Scottish Leaving Certificate Examination, 1955
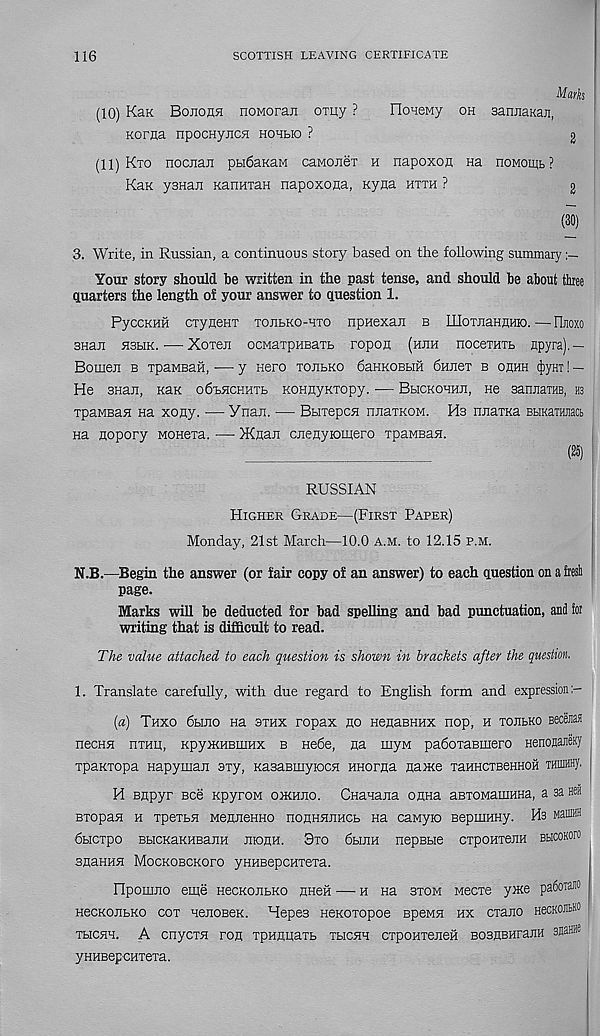
116
SCOTTISH LEAVING CERTIFICATE
Marks
(10) KaK Bojiohh noMoran oxuy ?
FloHeMy oh sanjiaKan,
Korna npocnyiiCH hohlio ?
2
(11) Kto nociian ptifiaKaM caMOiieT h napoxon na noMoun, ?
Kax ysHaii KanHian napoxona, Kyna htth ?
2
(30)
3. Write, in Russian, a continuous story based on the following summary
Your story should be written in the past tense, and should be about three
quarters the length of your answer to question 1.
PyccKHH cxyneHT TOiibKO-HTO npHexaJi b IIIoTJiaHHHK).—Flnoxo
3Han HSbiK. ■ —XoTen ocMaxpHBaTb ropon (hjih nocexHXb jrpyra).—
Bomen b xpaMBaii, -— y Hero xojibko 6aHKOBBm 6Hnex b ohhh (JiyHi! —
He snan, kuk o6bhchhxb KOHjiyKxopy. — Bhckohhji, He sanuaTHB, hs
xpaMBaa na xony. ■— Ynan. — Bbixepca nnaxKOM. Hs nnaxKa Bumam,
Ha nopory Monexa. — )KnaJi cnenyromero xpaMBan.
(25)
RUSSIAN
Higher Grade—(First Paper)
Monday, 21st March—10.0 a.m. to 12.15 p.m.
N.B.—Begin the answer (or fair copy of an answer) to each question on a fresh
page.
Marks will be deducted for bad spelling and bad punctuation, and for
writing that is difficult to read.
The value attached to each question is shown in brackets after the question.
1. Translate carefully, with due regard to English form and expression
(a) Thxo 6hjio na sthx ropax no nenaBHUx nop, h tojibko Beceaaa
necHH nxmi, KpyiKHHffiHX b Hebe, na myM paboxaBinero HenonaneKy
xpaKxopa Hapyinair sxy, KasaBmyiocH HHorna name xaHHCTBCHHOH THinffly.
H Bupyr Bee KpyroM oikhjio. CHanana onna aBXOManiHHa, a sa hch
BxopaH h xpexbH MenneHHo nonHHnHCb na cawyio BepmuHy. Hs Mainffl
bbicxpo BbicKaKHBanH monH. 8xo 6buiH nepBbie cxpoHxenH BticoKoro
snaHHH Mockobckofo yHHBepcHxexa.
Ilpomno eme HecKonbKo nHeii — h na sxom Mecxe yme pafiorano
HecKOJibKO cox HenoBeK. Hepes neKoxopoe BpeMH hx cxano HecKOifc®
xbicHH. A cnycxsr ron xpHnnaxb xbichh cxponxeneii BOsnBHraiffl saanae
yHHBepcHxexa.